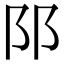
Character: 𨸙